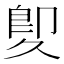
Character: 𠨠